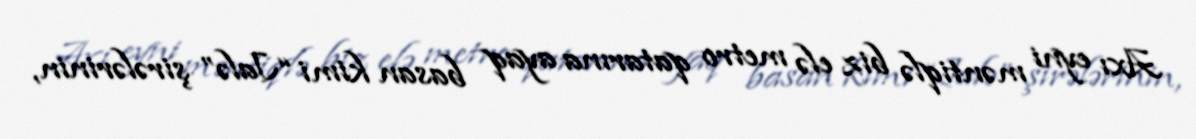
Axı eyni məntiqlə biz elə metro qatarına ayaq basan kimi “Jalə” şirələrinin,